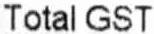
TOTAL GST